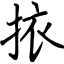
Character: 挔